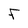
Character: F